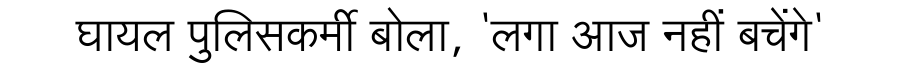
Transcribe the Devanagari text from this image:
घायल पुलिसकर्मी बोला, 'लगा आज नहीं बचेंगे'